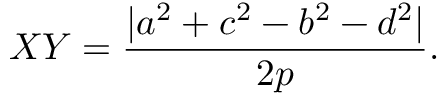
X Y = { \frac { | a ^ { 2 } + c ^ { 2 } - b ^ { 2 } - d ^ { 2 } | } { 2 p } } .